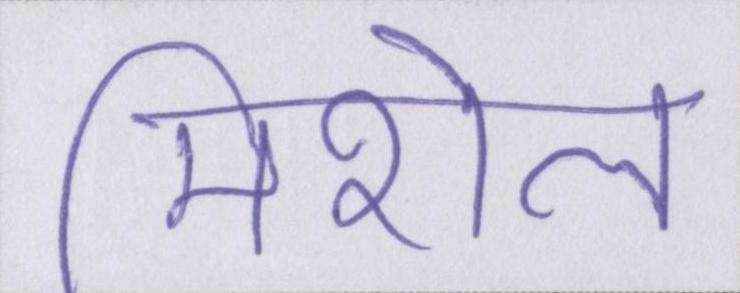
मिशेल